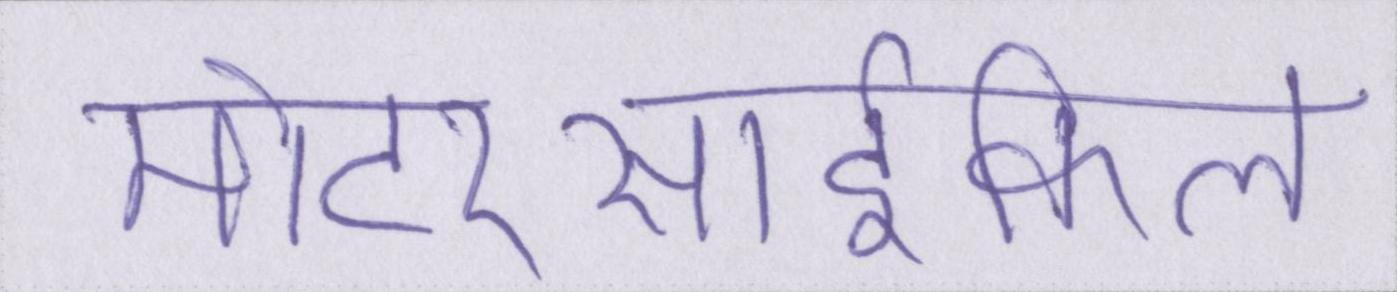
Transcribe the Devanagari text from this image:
मोटरसार्इकिल